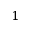
1